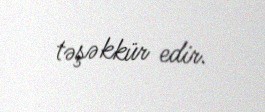
təşəkkür edir.